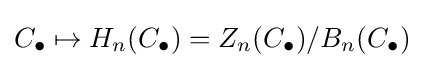
C_{\bullet }\mapsto H_{n}(C_{\bullet })=Z_{n}(C_{\bullet })/B_{n}(C_{\bullet })